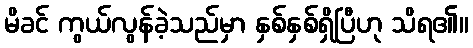
မိခင် ကွယ်လွန်ခဲ့သည်မှာ နှစ်နှစ်ရှိပြီဟု သိရ၏။